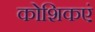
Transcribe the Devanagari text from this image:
कोशिकएं